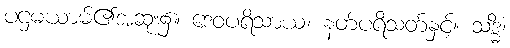
ပဌမယာမ်၏အဆုံး၌။ ဒေဝပရိသာယ၊ နတ်ပရိသတ်နှင့်။ သဒ္ဓိံ၊